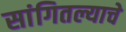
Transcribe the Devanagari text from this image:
सांगितल्याचे